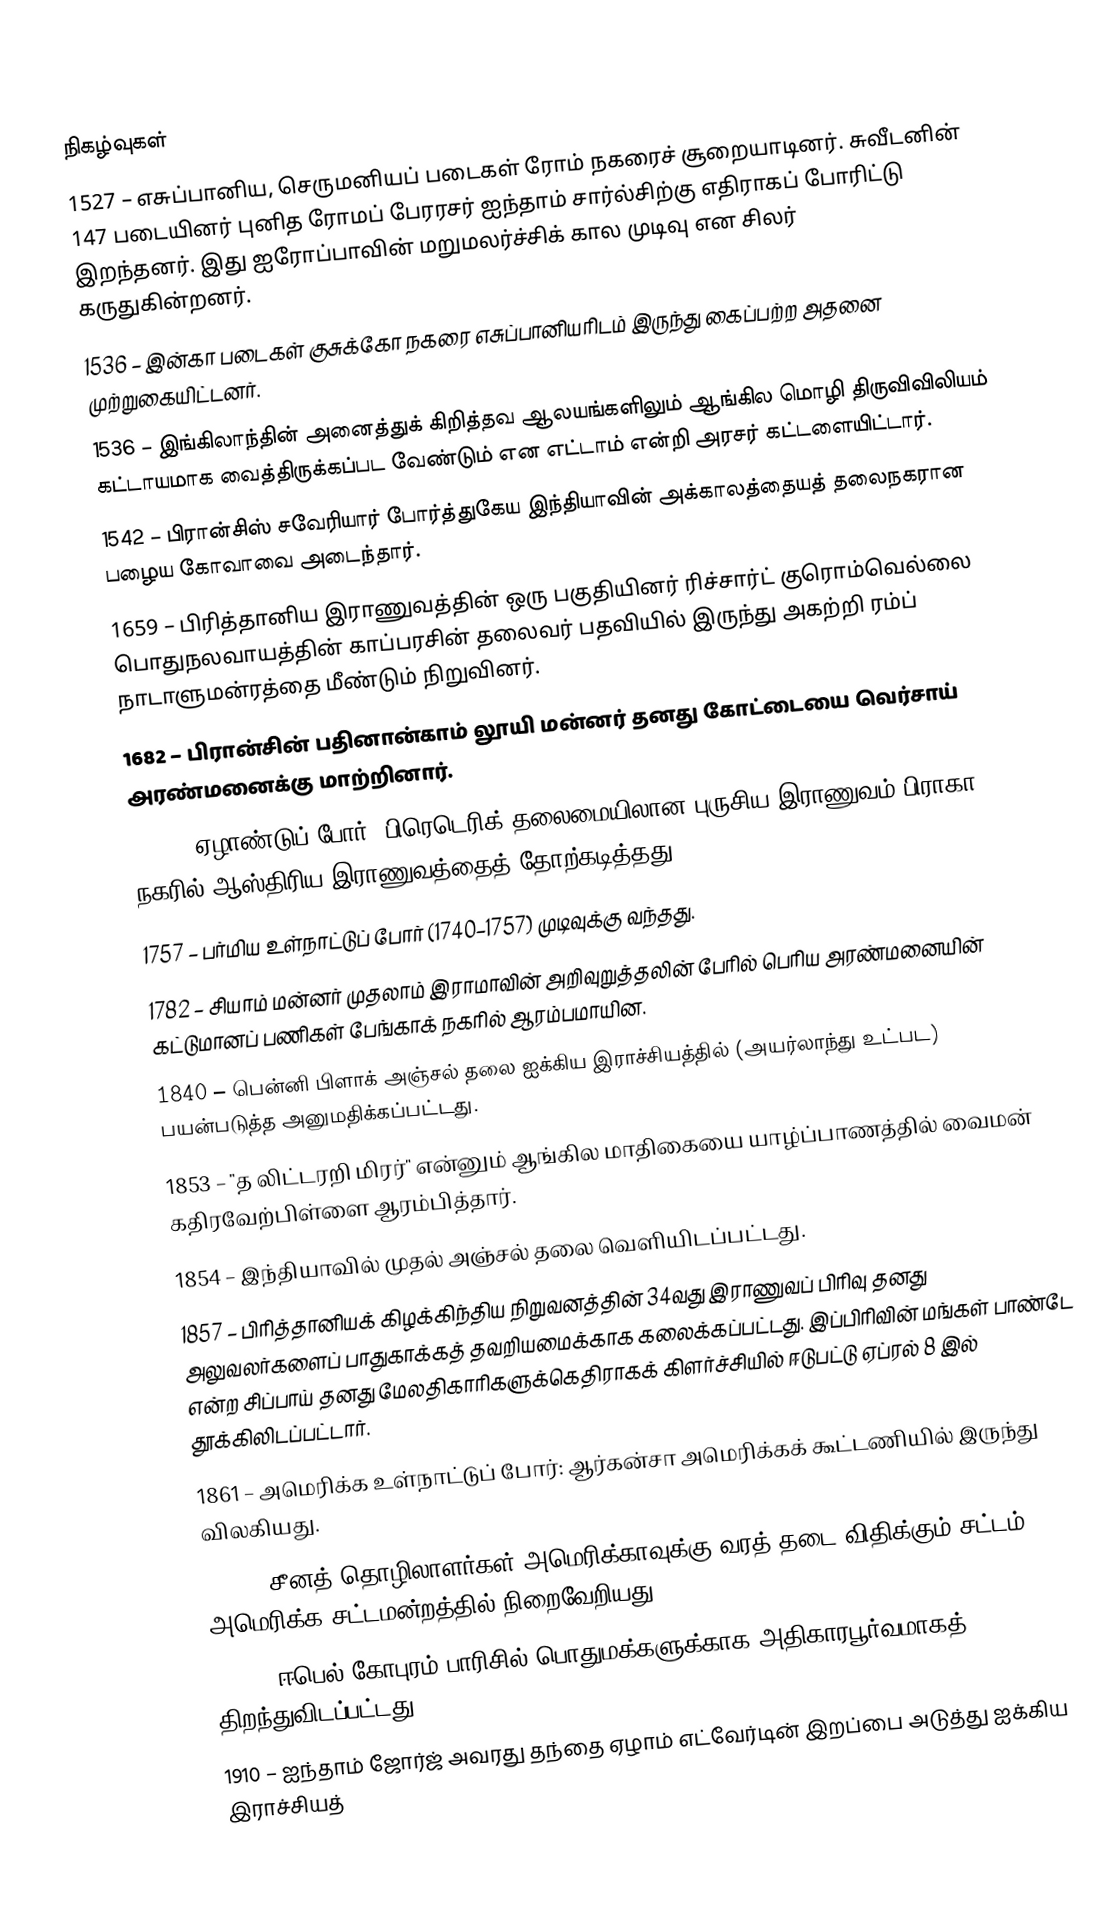

நிகழ்வுகள்
1527 – எசுப்பானிய, செருமனியப் படைகள் ரோம் நகரைச் சூறையாடினர். சுவீடனின் 147 படையினர் புனித ரோமப் பேரரசர் ஐந்தாம் சார்ல்சிற்கு எதிராகப் போரிட்டு இறந்தனர். இது ஐரோப்பாவின் மறுமலர்ச்சிக் கால முடிவு என சிலர் கருதுகின்றனர்.
1536 – இன்கா படைகள் குசுக்கோ நகரை எசுப்பானியரிடம் இருந்து கைப்பற்ற அதனை முற்றுகையிட்டனர்.
1536 – இங்கிலாந்தின் அனைத்துக் கிறித்தவ ஆலயங்களிலும் ஆங்கில மொழி திருவிவிலியம் கட்டாயமாக வைத்திருக்கப்பட வேண்டும் என எட்டாம் என்றி அரசர் கட்டளையிட்டார்.
1542 – பிரான்சிஸ் சவேரியார் போர்த்துகேய இந்தியாவின் அக்காலத்தையத் தலைநகரான பழைய கோவாவை அடைந்தார்.
1659 – பிரித்தானிய இராணுவத்தின் ஒரு பகுதியினர் ரிச்சார்ட் குரொம்வெல்லை பொதுநலவாயத்தின் காப்பரசின் தலைவர் பதவியில் இருந்து அகற்றி ரம்ப் நாடாளுமன்ரத்தை மீண்டும் நிறுவினர்.
1682 – பிரான்சின் பதினான்காம் லூயி மன்னர் தனது கோட்டையை வெர்சாய் அரண்மனைக்கு மாற்றினார்.
1757 – ஏழாண்டுப் போர்: பிரெடெரிக் தலைமையிலான புருசிய இராணுவம் பிராகா நகரில் ஆஸ்திரிய இராணுவத்தைத் தோற்கடித்தது.
1757 – பர்மிய உள்நாட்டுப் போர் (1740–1757) முடிவுக்கு வந்தது.
1782 – சியாம் மன்னர் முதலாம் இராமாவின் அறிவுறுத்தலின் பேரில் பெரிய அரண்மனையின் கட்டுமானப் பணிகள் பேங்காக் நகரில் ஆரம்பமாயின.
1840 – பென்னி பிளாக் அஞ்சல் தலை ஐக்கிய இராச்சியத்தில் (அயர்லாந்து உட்பட) பயன்படுத்த அனுமதிக்கப்பட்டது.
1853 – "த லிட்டரறி மிரர்" என்னும் ஆங்கில மாதிகையை யாழ்ப்பாணத்தில் வைமன் கதிரவேற்பிள்ளை ஆரம்பித்தார்.
1854 – இந்தியாவில் முதல் அஞ்சல் தலை வெளியிடப்பட்டது.
1857 – பிரித்தானியக் கிழக்கிந்திய நிறுவனத்தின் 34வது இராணுவப் பிரிவு தனது அலுவலர்களைப் பாதுகாக்கத் தவறியமைக்காக கலைக்கப்பட்டது. இப்பிரிவின் மங்கள் பாண்டே என்ற சிப்பாய் தனது மேலதிகாரிகளுக்கெதிராகக் கிளர்ச்சியில் ஈடுபட்டு ஏப்ரல் 8 இல் தூக்கிலிடப்பட்டார்.
1861 – அமெரிக்க உள்நாட்டுப் போர்: ஆர்கன்சா அமெரிக்கக் கூட்டணியில் இருந்து விலகியது.
1882 – சீனத் தொழிலாளர்கள் அமெரிக்காவுக்கு வரத் தடை விதிக்கும் சட்டம் அமெரிக்க சட்டமன்றத்தில் நிறைவேறியது.
1889 – ஈபெல் கோபுரம் பாரிசில் பொதுமக்களுக்காக அதிகாரபூர்வமாகத் திறந்துவிடப்பட்டது.
1910 – ஐந்தாம் ஜோர்ஜ் அவரது தந்தை ஏழாம் எட்வேர்டின் இறப்பை அடுத்து ஐக்கிய இராச்சியத்